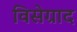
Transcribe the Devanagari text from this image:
विसेग्राद